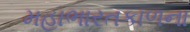
મહાભારતકાળના